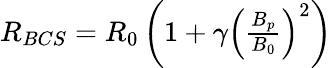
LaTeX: \begin{array}{r}{R_{BCS}=R_{0}\left(1+\gamma\left(\frac{B_{p}}{B_{0}}\right)^{2}\right)}\end{array}